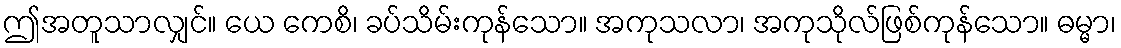
ဤအတူသာလျှင်။ ယေ ကေစိ၊ ခပ်သိမ်းကုန်သော။ အကုသလာ၊ အကုသိုလ်ဖြစ်ကုန်သော။ ဓမ္မာ၊